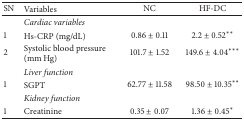
| SN | Variables | NC | HF-DC |
 | --- | --- | --- | --- |
 |  | Cardiac variables |  |  |
 | 1 | Hs-CRP (mg/dL) | 0.86 ± 0.11 | 2.2 ± 0.52∗∗ |
 | 2 | Systolic blood pressure (mm Hg) | 101.7 ± 1.52 | 149.6 ± 4.04∗∗∗ |
 |  | Liver function |  |  |
 | 1 | SGPT | 62.77 ± 11.58 | 98.50 ± 10.35∗∗ |
 |  | Kidney function |  |  |
 | 1 | Creatinine | 0.35 ± 0.07 | 1.36 ± 0.45∗ |